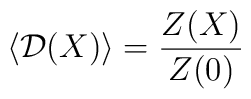
\left. \langle {\cal D} (X) \rangle = \frac{Z(X)}{Z(0)} \right.